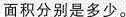
面积分别是多少。